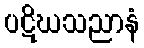
ပဋိဃသညာနံ